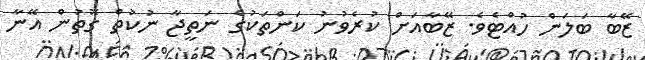
ޒޭބާ ބަލަން ހުއްޓެވެ. ޒޭބާއަށް ކުރެވުނު ކަންތަކުގެ ނަތީޖާ ނުކުތް ގޮތުން އޭނާ